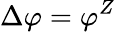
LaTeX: \Delta\varphi=\varphi^{Z}